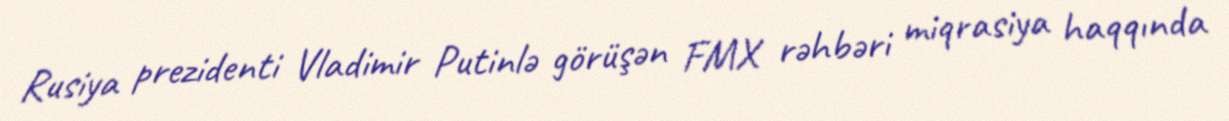
Rusiya prezidenti Vladimir Putinlə görüşən FMX rəhbəri miqrasiya haqqında